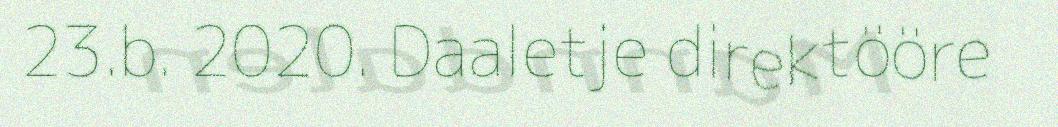
23.b. 2020. Daaletje direktööre